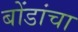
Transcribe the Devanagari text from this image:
बोंडांचा